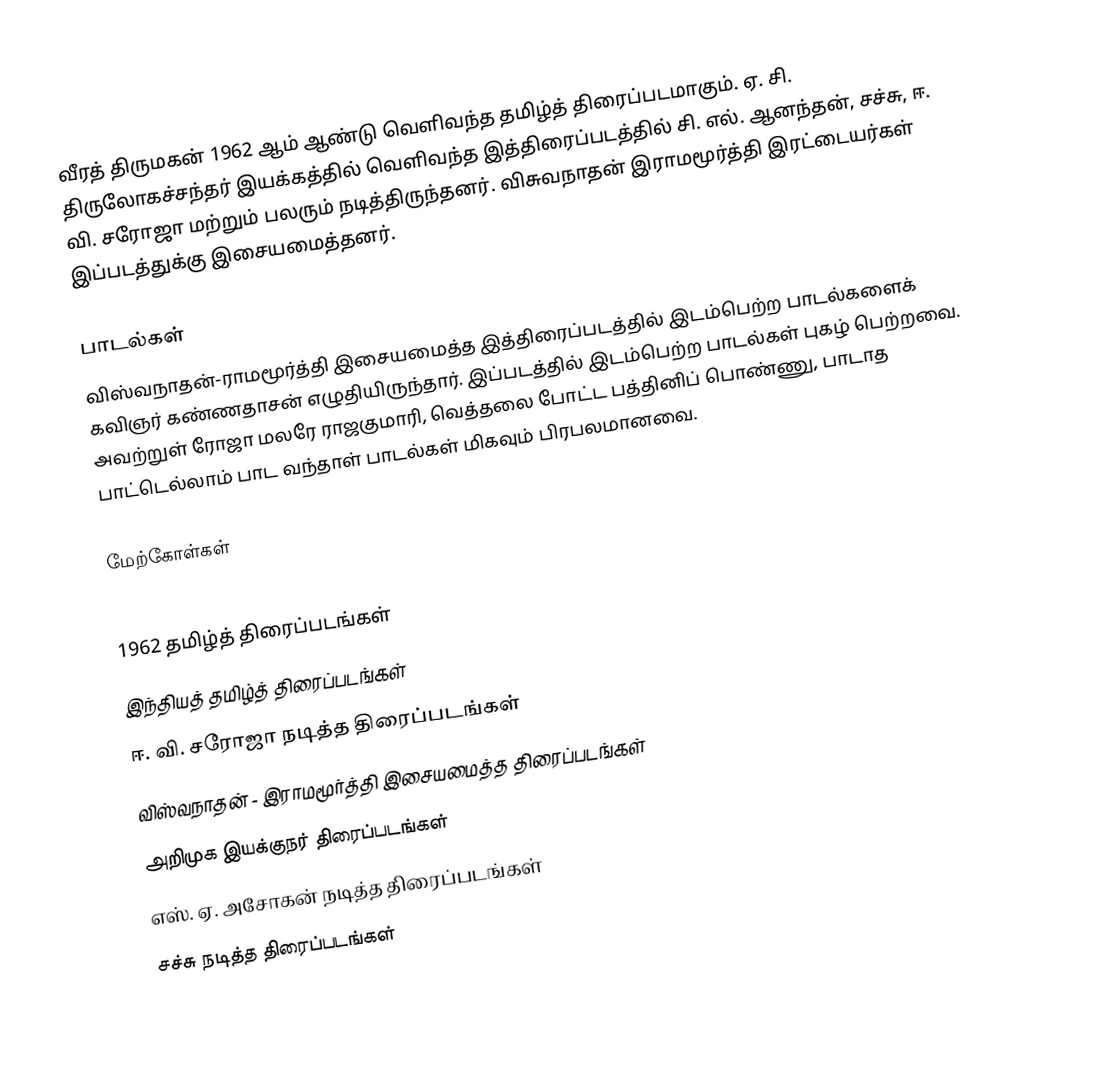
வீரத் திருமகன் 1962 ஆம் ஆண்டு வெளிவந்த தமிழ்த் திரைப்படமாகும். ஏ. சி. திருலோகச்சந்தர் இயக்கத்தில் வெளிவந்த இத்திரைப்படத்தில் சி. எல். ஆனந்தன், சச்சு, ஈ. வி. சரோஜா மற்றும் பலரும் நடித்திருந்தனர். விசுவநாதன் இராமமூர்த்தி இரட்டையர்கள் இப்படத்துக்கு இசையமைத்தனர்.

பாடல்கள்
விஸ்வநாதன்-ராமமூர்த்தி இசையமைத்த இத்திரைப்படத்தில் இடம்பெற்ற பாடல்களைக் கவிஞர் கண்ணதாசன் எழுதியிருந்தார்.  இப்படத்தில் இடம்பெற்ற பாடல்கள் புகழ் பெற்றவை. அவற்றுள் ரோஜா மலரே ராஜகுமாரி, வெத்தலை போட்ட பத்தினிப் பொண்ணு, பாடாத பாட்டெல்லாம் பாட வந்தாள் பாடல்கள் மிகவும் பிரபலமானவை.

மேற்கோள்கள்

1962 தமிழ்த் திரைப்படங்கள்
இந்தியத் தமிழ்த் திரைப்படங்கள்
ஈ. வி. சரோஜா நடித்த திரைப்படங்கள்
விஸ்வநாதன் - இராமமூர்த்தி இசையமைத்த திரைப்படங்கள்
அறிமுக இயக்குநர் திரைப்படங்கள்
எஸ். ஏ. அசோகன் நடித்த திரைப்படங்கள்
சச்சு நடித்த திரைப்படங்கள்